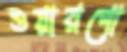
ওয়ারগো